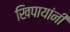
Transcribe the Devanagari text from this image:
खिपायांनी